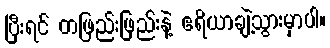
ပြီးရင် တဖြည်းဖြည်းနဲ့ ဧရိယာချဲ့သွားမှာပါ။